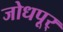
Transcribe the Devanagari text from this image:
जोधपूर्